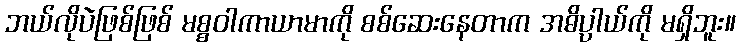
ဘယ်လိုပဲဖြစ်ဖြစ် မစ္စဝါကာယာမာကို စစ်ဆေးနေတာက အဓိပ္ပာယ်ကို မရှိဘူး။